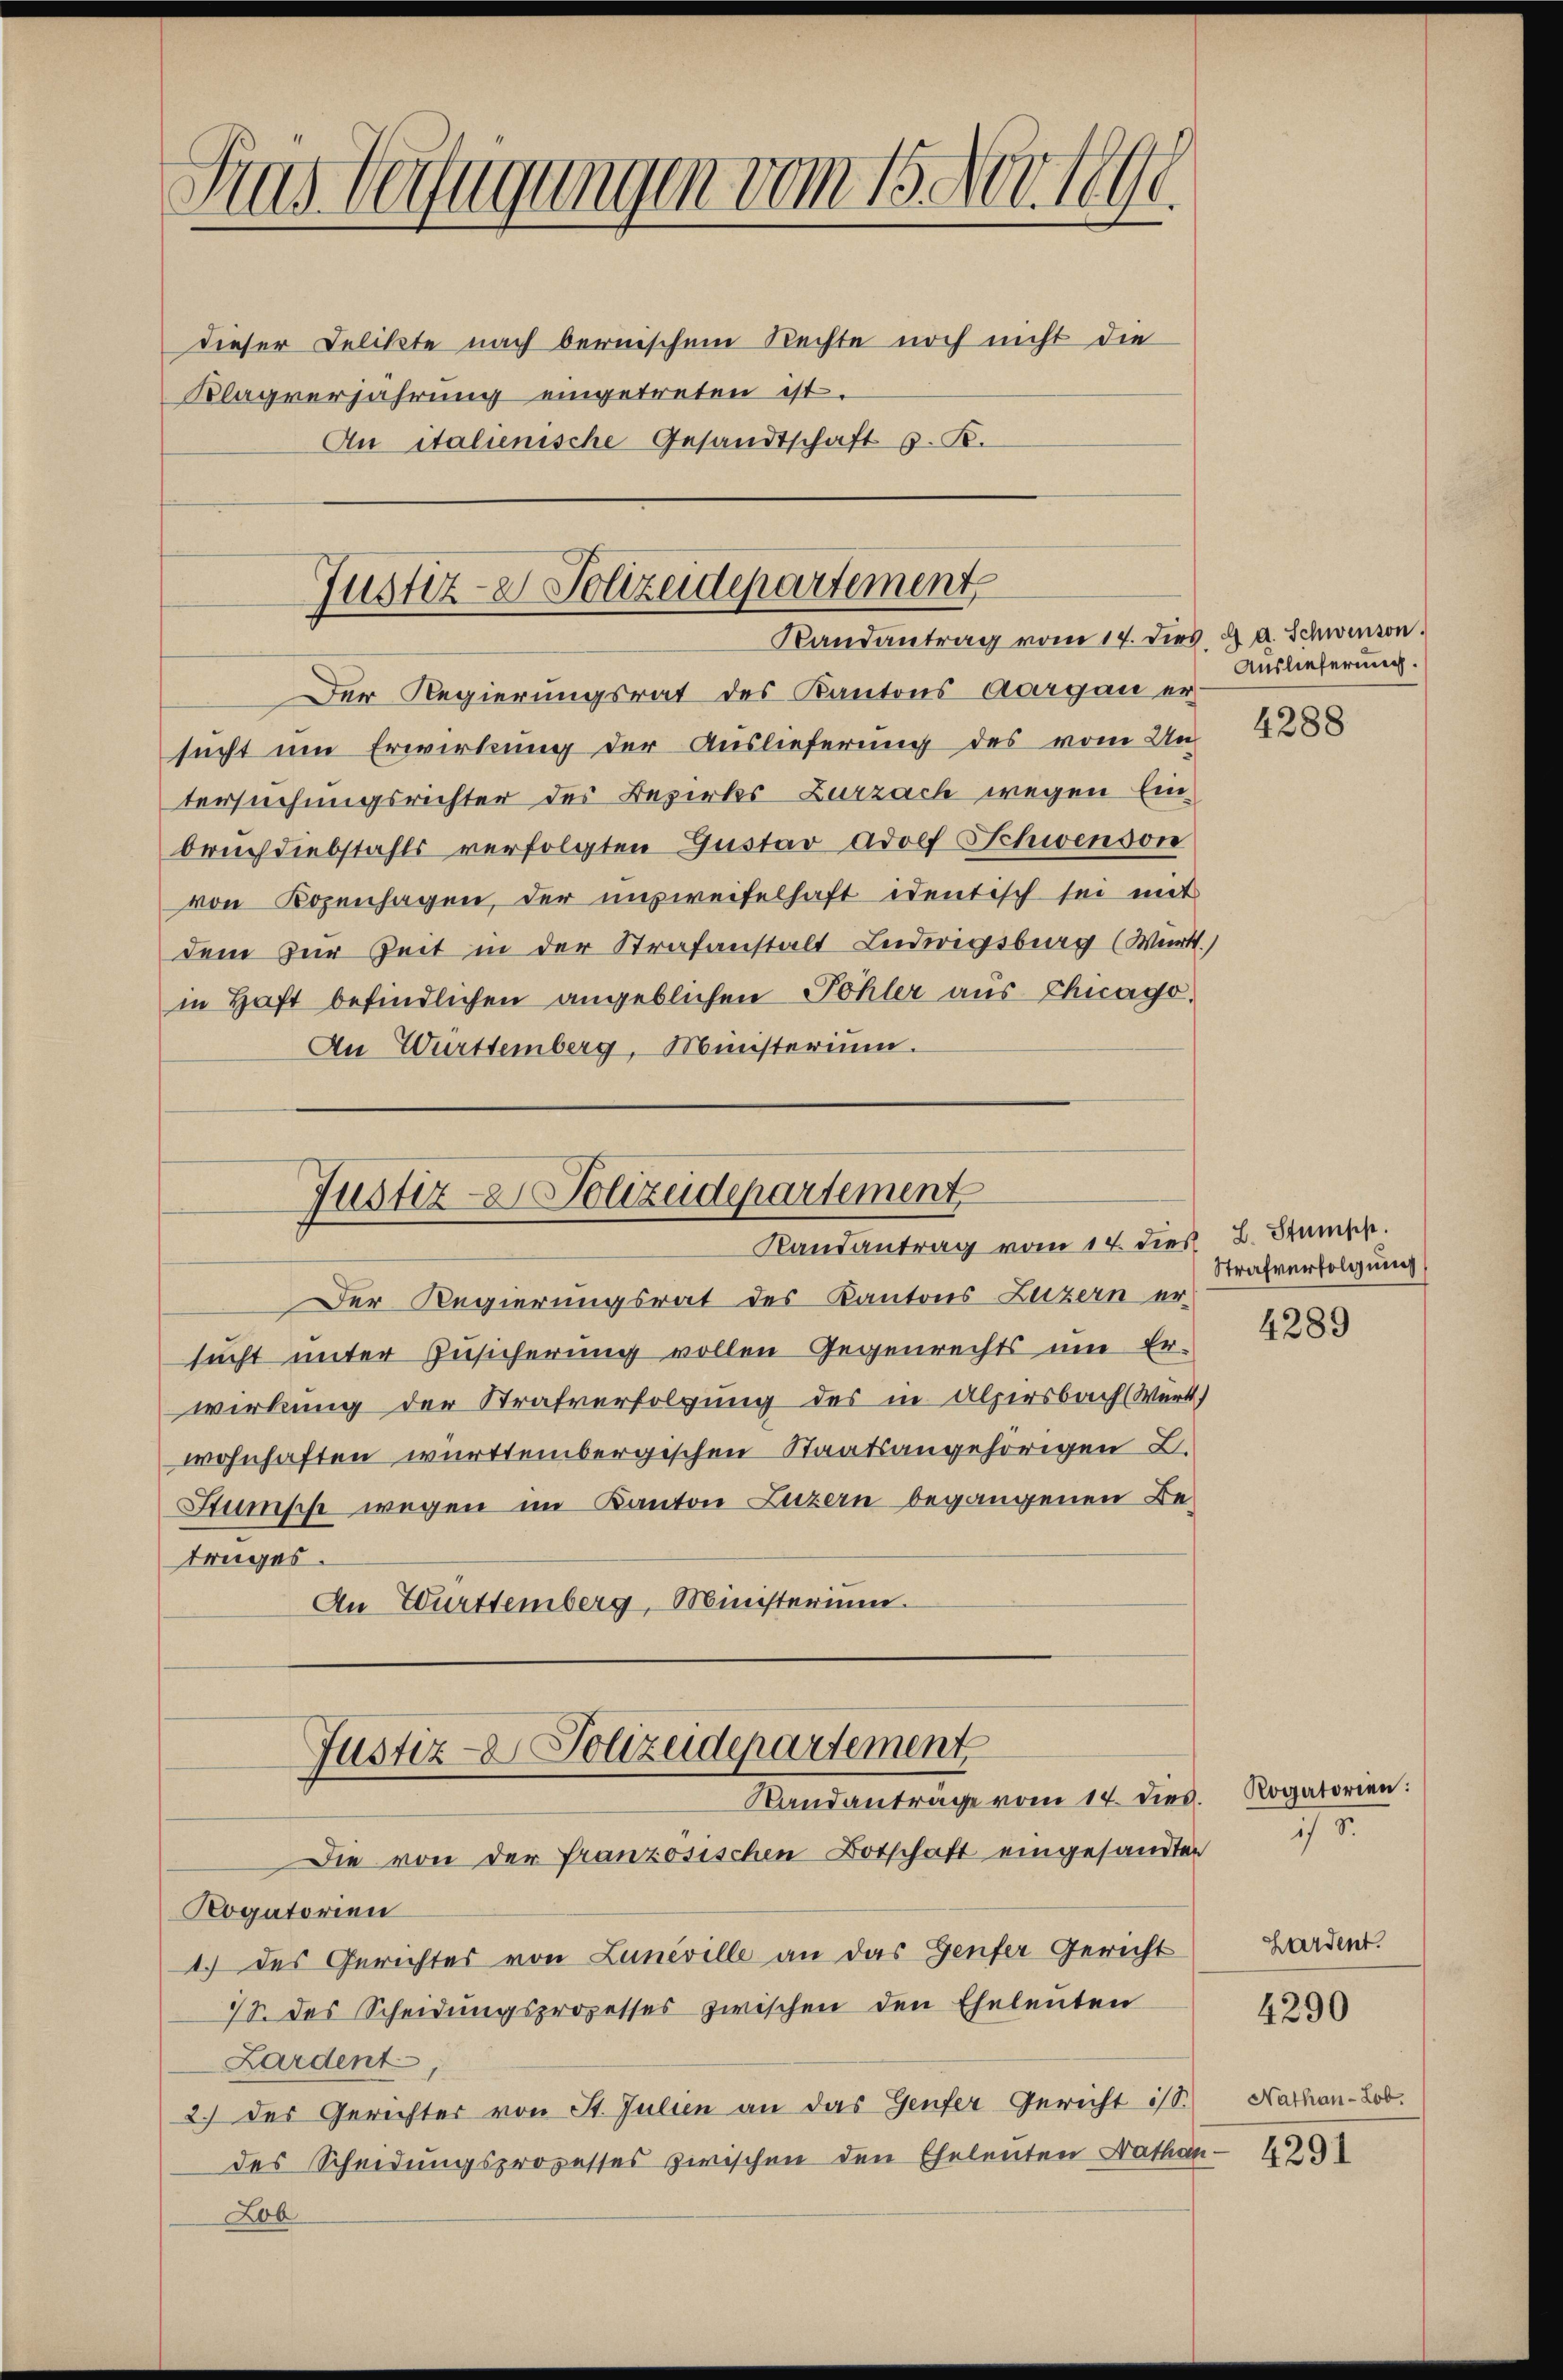
Das Verfügungen vom 15. Nov. 1890.
.
dieser Delikte nach bernischem Rechte noch nicht die
Klagverjährung eingetreten ist.
An italienische Gesandtschaft z. B.

Der Regierungsrat des Kantons Aargau er
sucht um Erwirkung der Auslieferung des vom Untersuchungsrichter des Bezirks-Zurzach wegen Einbruch diebstahls verfolgten Gustav Adolf Schwenson
von Bozenhagen, der ausweifelhaft identisch sei mit
dem zur Zeit in der Strafanstalt Ludwigsburg (Württ.,
in Haft befindlichen angeblichen Pohler aus Chicago
An Württemberg, Ministerium.
Justiz- & Polizeidepartement
Randantrag vom 14. dies
Der Regierungsrat des Kantons Luzern er-
sucht unter Zusicherung vollen Gegenrechts um Er-
wirkung der Strafverfolgung des in Alpersbach (Wert.
wohnhaften württembergischen Staatsangehörigen L.
Sumsche wegen im Kanton Luzern begangenen Betruges.
An Württemberg, Ministerium.

Justiz- & Polizeidepartement
Randantrag vom 14. dies. 2 a. Schwenson.

Justiz- & Polizeidepartement
Standantrage vom 14. dies

Die von der Französischen Botschaft eingesandten
Rogatorien
1.) des Gerichtes von Luneville an das Genfer Gericht
18. des Scheidungsprozesses zwischen den Eheleuten
Zardent
2.) des Gerichter von St. Julien an das Genfer Gericht ist.
des Scheidungsprozesses zwischen den Eheleuten Nathan
Lob

Auslieferung.

L. Stumpf.
Strafverfolgung

Rogatorien:
1

Hardent.
Nathan -Lob.
4291

4288

4289

4290